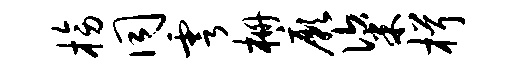
榜同雩栅厥粢楫